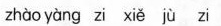
zhào yàng zi xiě jù zi